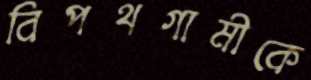
বিপথগামীকে